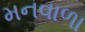
મનવાળા